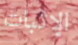
الإثبات